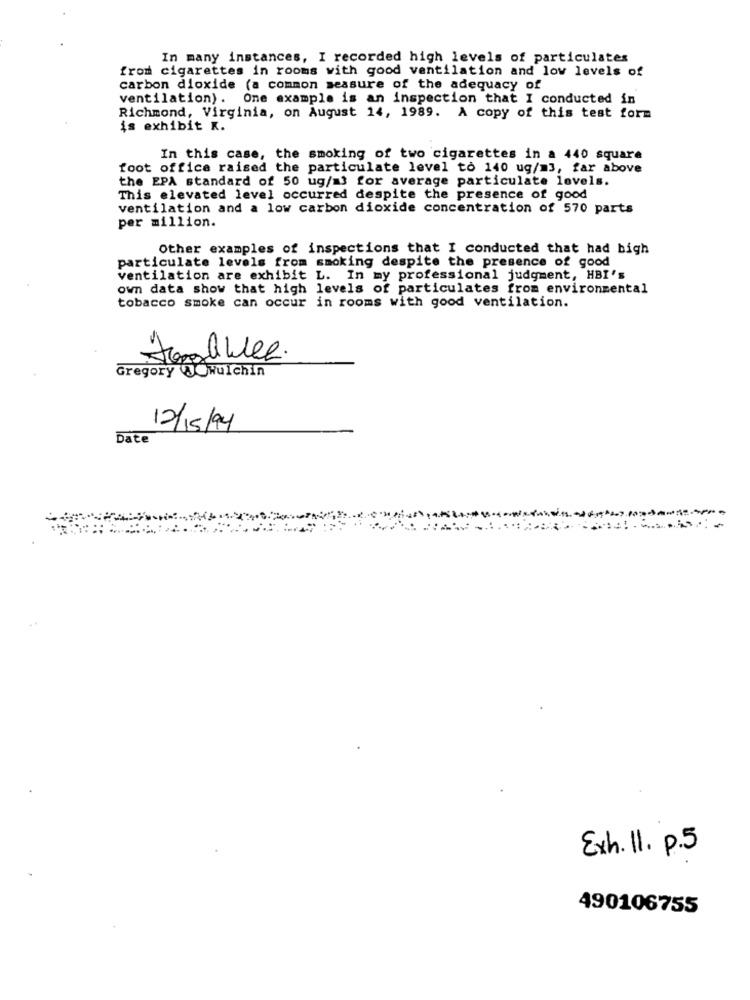
In many instances, I recorded high levels of particulates
from cigarettes in rooms with good ventilation and low levels of
carbon dioxide (a common measure of the adequacy of
ventilation). One example is an inspection that I conducted in
Richmond, Virginia, on August 14, 1989. A copy of this test form
is exhibit K.
In this case, the smoking of two cigarettes in a 440 square
foot office raised the particulate level to 140 ug/m3, far above
the EPA standard of 50 ug/m3 for average particulate levels.
This elevated level occurred despite the presence of good
ventilation and a low carbon dioxide concentration of 570 parts
per million.
Other examples of inspections that I conducted that had bigh
particulate levels from smoking despite the presence of good
ventilation are exhibit L. In my professional judgment, HBI's
own data show that high levels of particulates from environmental
tobacco smoke can occur in rooms with good ventilation.
Jonghweg.
6
Gregory WOwulchin
12/15/94
Date
Exh. 11. p.5
490106755